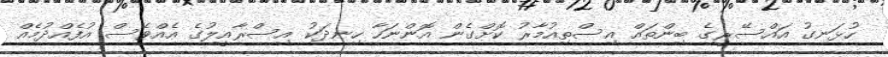
ހުޅަނގު އައްސޭރީގެ ބިންތައް އިސްތިއުމާރު ކޮށްގެން އޮންނަހާ ހިނދަކު އިސްރާއީލުގެ އެއްވެސް އުފެއްދުމެއް